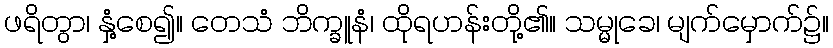
ဖရိတွာ၊ နှံ့စေ၍။ တေသံ ဘိက္ခူနံ၊ ထိုရဟန်းတို့၏။ သမ္မုခေ၊ မျက်မှောက်၌။